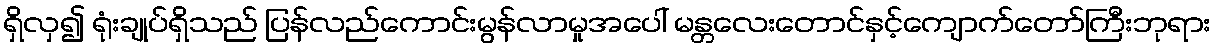
ရှိလှ၍ ရုံးချုပ်ရှိသည် ပြန်လည်ကောင်းမွန်လာမှုအပေါ် မန္တလေးတောင်နှင့်ကျောက်တော်ကြီးဘုရား